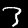
Digit: 3